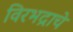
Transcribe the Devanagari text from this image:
विरभद्राचे